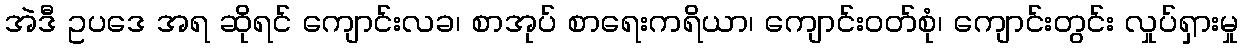
အဲဒီ ဥပဒေ အရ ဆိုရင် ကျောင်းလခ၊ စာအုပ် စာရေးကရိယာ၊ ကျောင်း၀တ်စုံ၊ ကျောင်းတွင်း လှုပ်ရှားမှု